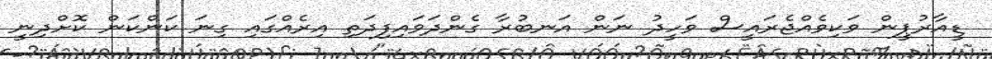
ޑީއާރުޕީން ވަކިވެއްޖެރައީސް ވަހީދު ނަން އަނބުރާ ގެންދަވައިފިދަތި އިރެއްގައި ގިނަ ކަންކަން ކޮށްދިނީ